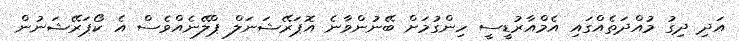
އަދި ދިގު މުއްދަތެއްގައި އެމްއާރުޑީސީ ހިންގުމަށް ބޭނުންވާނެ އޮޕަރޭޝަނަލް ޕްލޭނެއްވެސް އެ ކޯޕަރޭޝަނުން